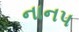
નાનપ